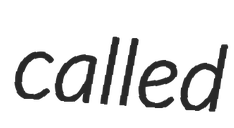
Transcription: called